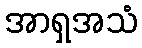
အာရှအသံ